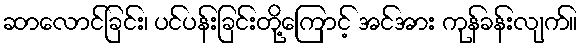
ဆာလောင်ခြင်း၊ ပင်ပန်းခြင်းတို့ကြောင့် အင်အား ကုန်ခန်းလျက်။